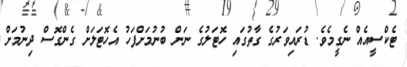
ޓެކްސީއެއް ނެގީމެވެ. ޑުރައިވަރުގެ ގާތުގައި ހޮޓަލުގެ ނަން ބުނުމަށްފަހު އެހޮޓަލަށް ގެންގޮސް ދިނުމަށް